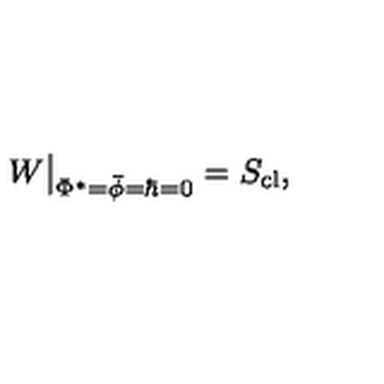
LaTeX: W \big | _ { \Phi ^ { * } = \bar { \phi } = \hbar = 0 } = S _ { \mathrm { c l } } ,